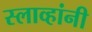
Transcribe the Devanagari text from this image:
स्लाव्हांनी